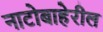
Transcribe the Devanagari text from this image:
नाटोबाहेरील